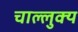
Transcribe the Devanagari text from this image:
चाल्लुक्य